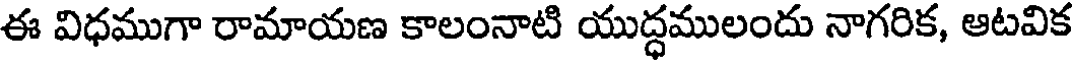
ఈ విధముగా రామాయణ కాలంనాటి యుద్ధములందు నాగరిక, ఆటవిక